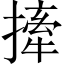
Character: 撁